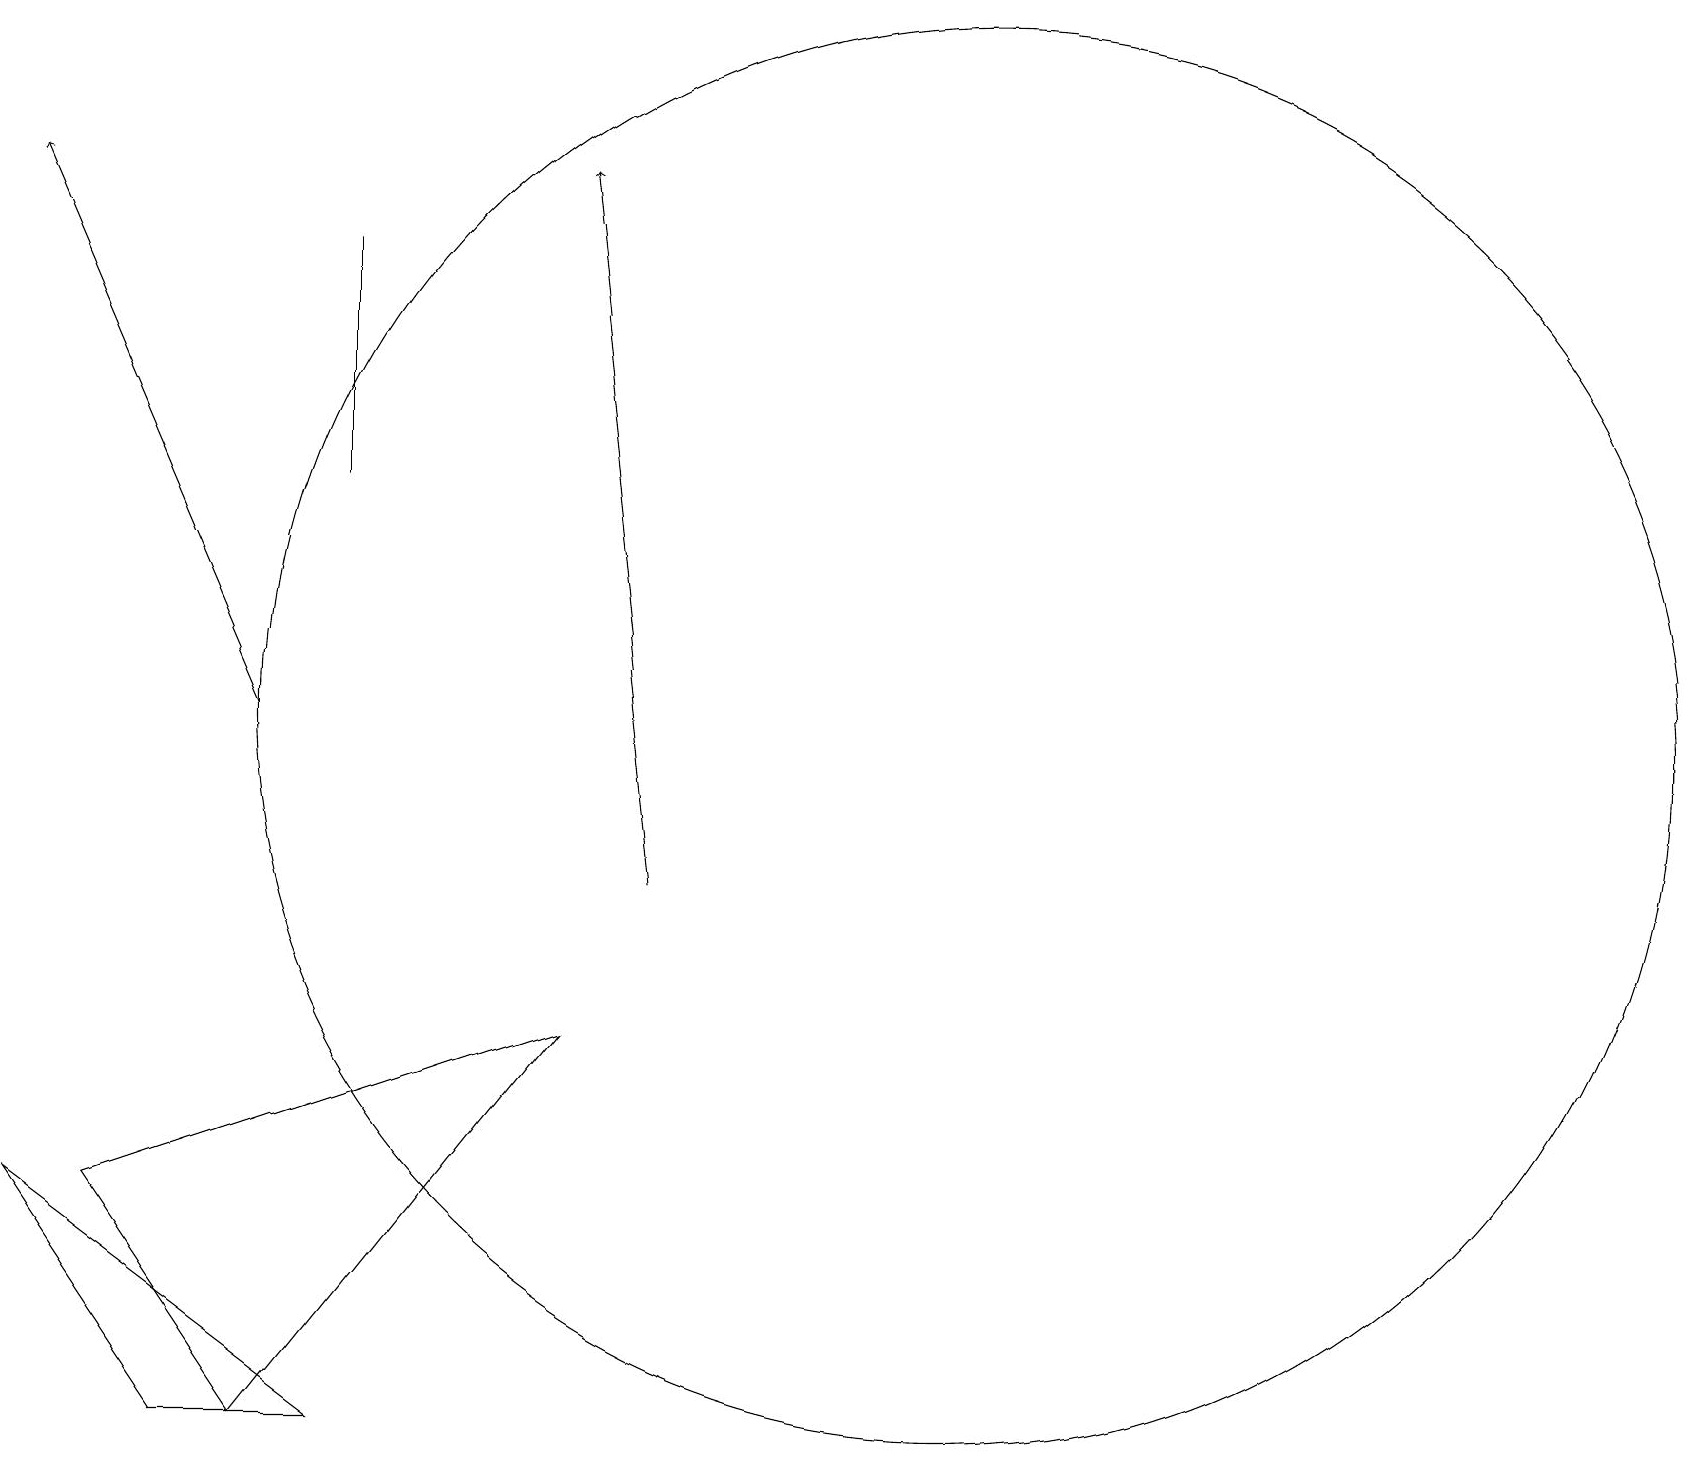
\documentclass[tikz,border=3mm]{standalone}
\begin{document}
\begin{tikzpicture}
\draw[->] (8,10) -- (7,19);
\draw (12,12) circle (9);
\draw (7,8) -- (1,6) -- (3,3) -- cycle;
\draw (4,3) -- (2,3) -- (0,6) -- cycle;
\draw[->] (3,12) -- (0,19);
\draw (4,15) rectangle (4,18);
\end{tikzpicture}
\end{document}